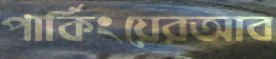
পার্কিংয়েরআব